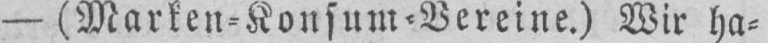
- (Marken⸗Konsum⸗Vereine.) Wir ha⸗